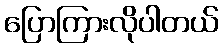
ပြောကြားလိုပါတယ်